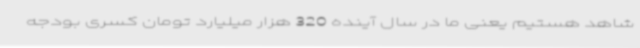
شاهد هستیم یعنی ما در سال آینده 320 هزار میلیارد تومان کسری بودجه